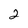
Character: 2